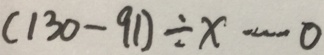
( 1 3 0 - 9 1 ) \div x \cdots 0